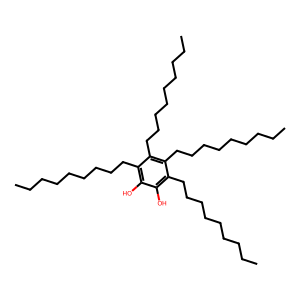
SMILES: CCCCCCCCCc1c(O)c(O)c(CCCCCCCCC)c(CCCCCCCCC)c1CCCCCCCCC
Inhibits HIV replication: No